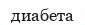
диабета